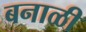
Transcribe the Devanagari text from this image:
बनाळी